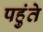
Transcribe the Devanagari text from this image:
पहुंते